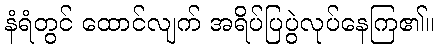
နံရံတွင် ထောင်လျက် အရိပ်ပြပွဲလုပ်နေကြ၏။